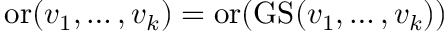
\operatorname { o r } ( v _ { 1 } , \dots , v _ { k } ) = \operatorname { o r } ( \operatorname { G S } ( v _ { 1 } , \dots , v _ { k } ) )